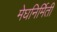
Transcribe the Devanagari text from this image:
मेघनिर्मिती